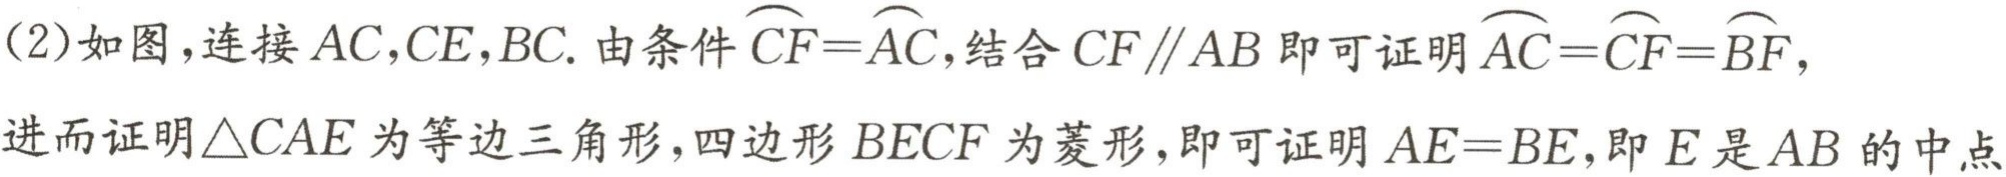
(2)如图，连接 \(AC,CE,BC\). 由条件\(\overset{\frown}{CF}=\overset{\frown}{AC}\)，结合 \(CF\parallel AB\) 即可证明\(\overset{\frown}{AC}=\overset{\frown}{CF}=\overset{\frown}{BF}\)，
进而证明\(\triangle CAE\)为等边三角形，四边形 \(BECF\) 为菱形，即可证明 \(AE = BE\)，即 \(E\) 是 \(AB\) 的中点